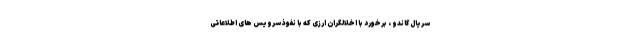
سریال گاندو ، برخورد با اخلالگران ارزی که با نفوذ سرویس های اطلاعاتی